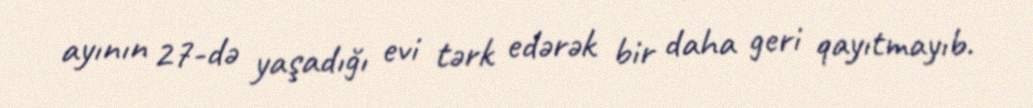
ayının 27-də yaşadığı evi tərk edərək bir daha geri qayıtmayıb.